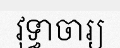
វុទ្ធាចារ្យ